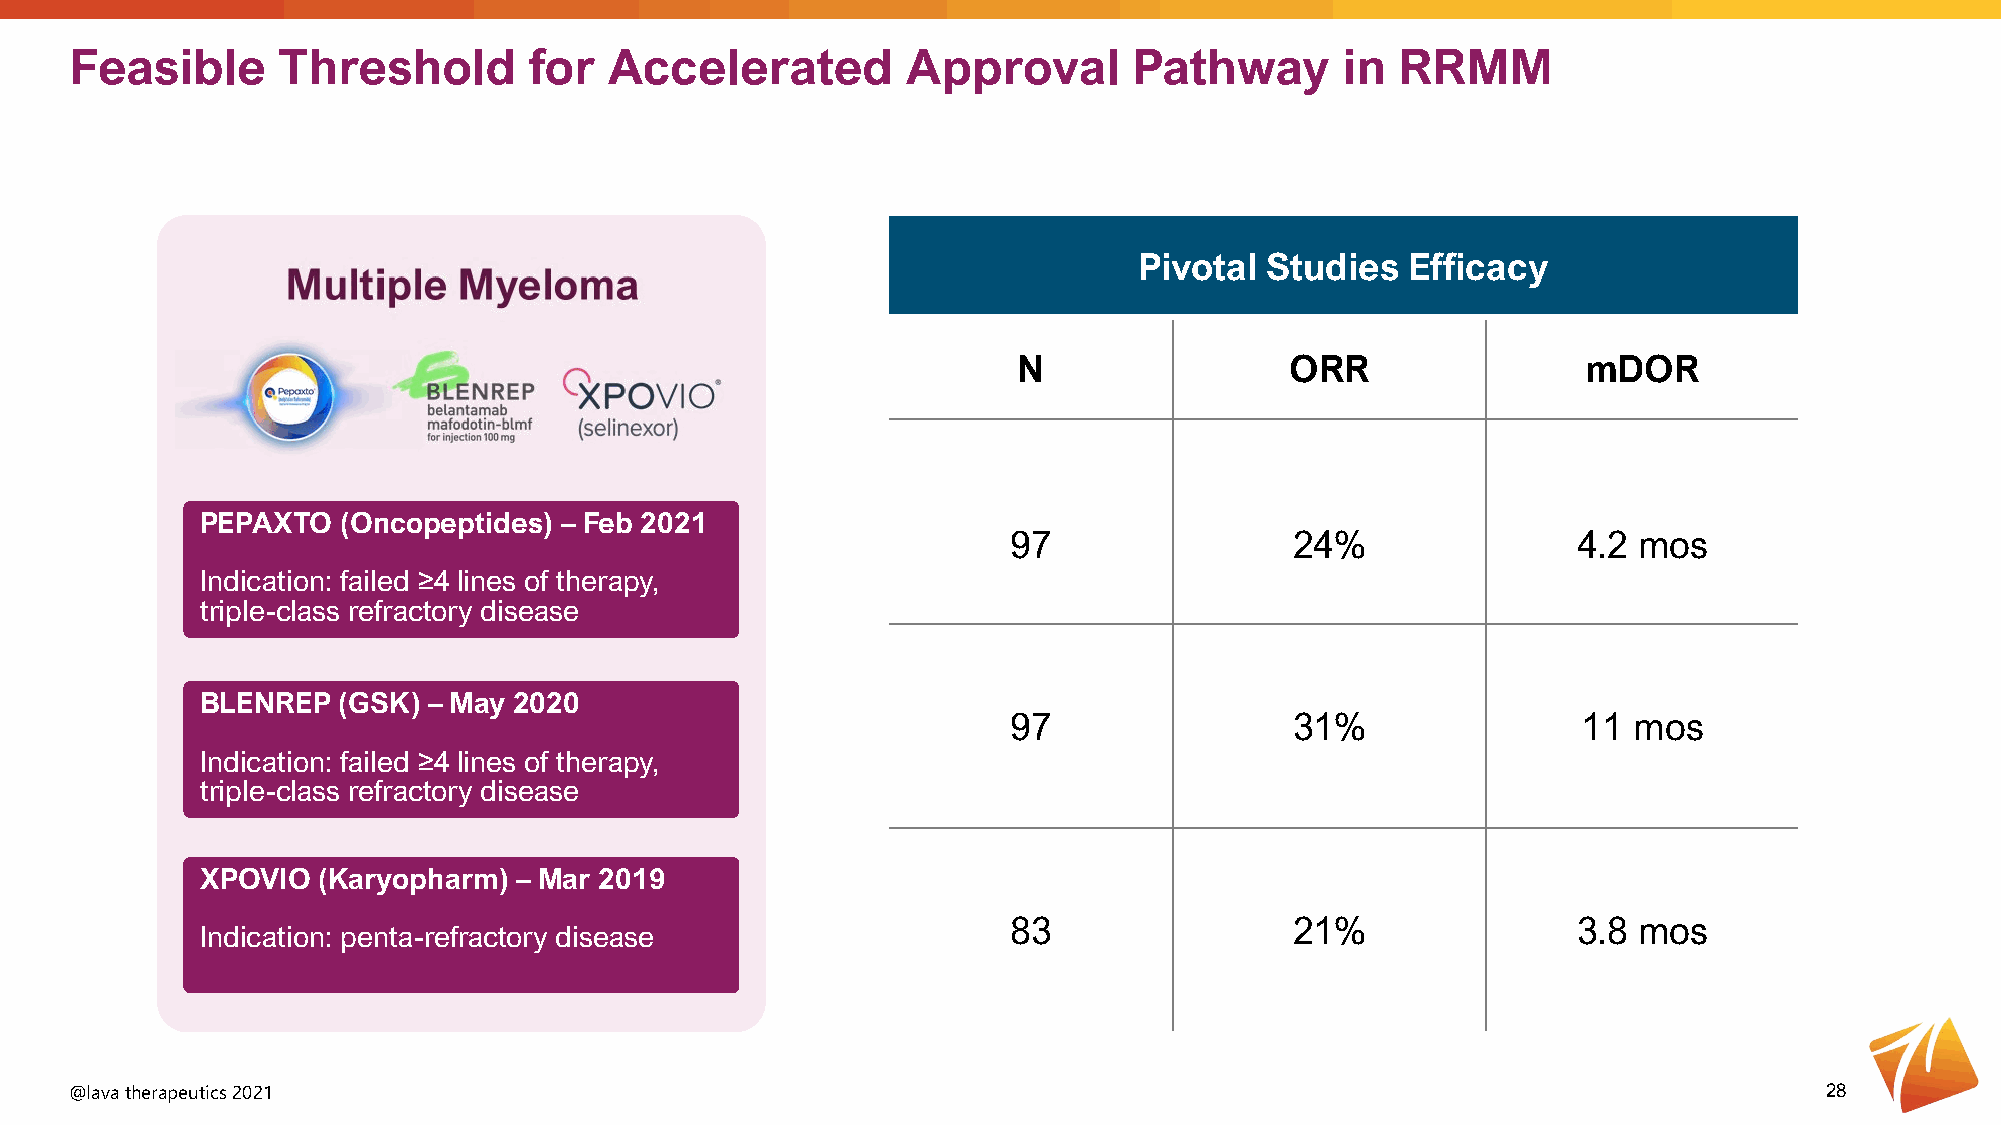
Feasible     Threshold        for  Accelerated         Approval       Pathway       in  RRMM
 Pivotal  Studies  Efficacy
 N                 ORR                 mDOR
 PEPAXTO   (Oncopeptides) – Feb 2021
 97                 24%               4.2 mos
 Indication: failed ≥4 lines of therapy,
 triple-class refractory disease
 BLENREP  (GSK) – May 2020
 97                 31%                11 mos
 Indication: failed ≥4 lines of therapy,
 triple-class refractory disease
 XPOVIO  (Karyopharm) – Mar 2019
 83                 21%               3.8 mos
 Indication: penta-refractory disease
 @lava therapeutics 2021                                                                                             28